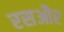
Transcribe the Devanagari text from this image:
रसऔर